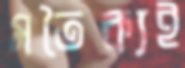
মতৈক্যই